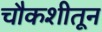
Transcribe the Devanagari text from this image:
चौकशीतून